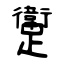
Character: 躗